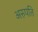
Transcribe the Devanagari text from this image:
अरुपति